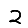
Digit: 2